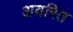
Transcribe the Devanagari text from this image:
अवरित